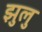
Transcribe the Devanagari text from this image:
झुलु